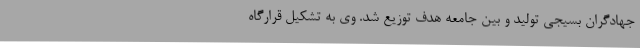
جهادگران بسیجی تولید و بین جامعه هدف توزیع شد. وی به تشکیل قرارگاه